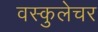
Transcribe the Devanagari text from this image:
वस्कुलेचर